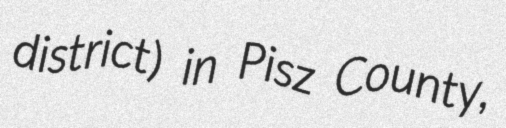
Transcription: district) in Pisz County,